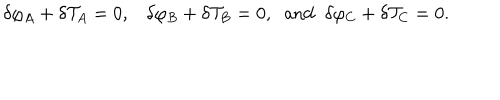
{ \delta } \varphi _ { A } + { \delta } { \cal T } _ { A } = 0 , { \delta } \varphi _ { B } + { \delta } { \cal T } _ { B } = 0 , \; \; \mathrm { a n d } \; \; { \delta } \varphi _ { C } + { \delta } { \cal T } _ { C } = 0 .